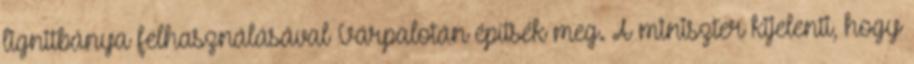
lignitbánya felhasználásával Várpalotán építsék meg. A miniszter kijelenti, hogy